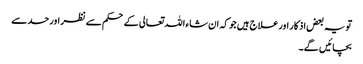
تو یہ بعض اذکار اور علاج ہیں جو کہ ان شاء اللہ تعالی کے حکم سے نظر اور حسد سے
بچائیں گے۔